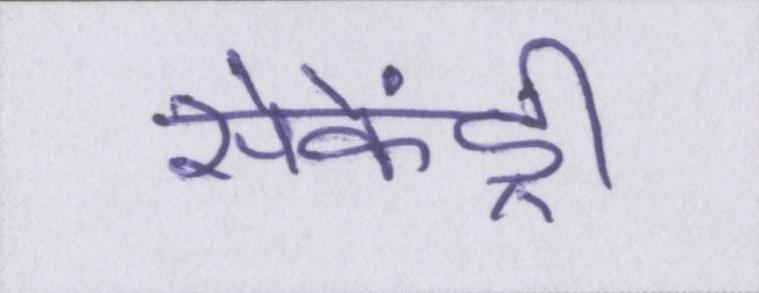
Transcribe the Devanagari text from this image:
सेकेंड्री